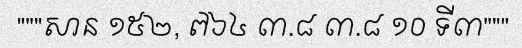
"""សាន ១៥២, ៧៦៤ ៣.៨ ៣.៨ ១០ ទី៣"""